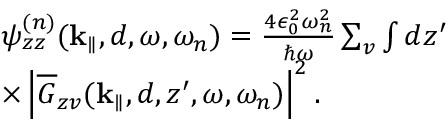
\begin{array} { r l } & { \psi _ { z z } ^ { ( n ) } ( { { \bf k } _ { \parallel } } , d , \omega , \omega _ { n } ) = \frac { 4 \epsilon _ { 0 } ^ { 2 } \omega _ { n } ^ { 2 } } { \hbar \omega } \sum _ { v } \int d z ^ { \prime } } \\ & { \times \left| \overline { G } _ { z v } ( { { \bf k } _ { \parallel } } , d , z ^ { \prime } , \omega , \omega _ { n } ) \right| ^ { 2 } . } \end{array}